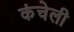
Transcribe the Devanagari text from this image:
कंचेली